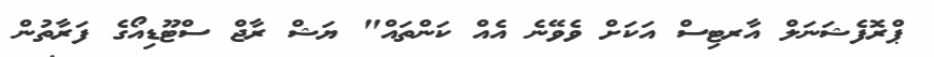
ޕްރޮފެޝަނަލް އާރޓިސް އަކަށް ވެވޭނެ އެއް ކަންތައް" ޔަޝް ރާޖް ސްޓޫޑިއޯގެ ފަރާތުން